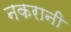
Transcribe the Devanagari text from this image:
नकरानी